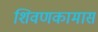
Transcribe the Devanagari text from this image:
शिवणकामास